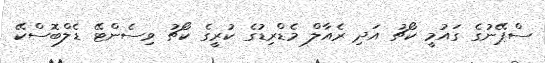
ސްޕޭނުގެ ގައުމީ ކޯޗު އަދި ރެއާލް މެޑްރިޑުގެ ކުރީގެ ކޯޗު ވިސެންޓޭ ޑެލްބޮސްކޭ